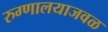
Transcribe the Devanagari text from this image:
रुग्णालयाजवळ